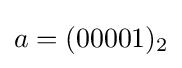
a=(00001)_{2}